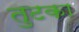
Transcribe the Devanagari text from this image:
तुटका